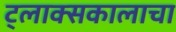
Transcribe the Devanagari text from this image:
ट्लाक्सकालाचा